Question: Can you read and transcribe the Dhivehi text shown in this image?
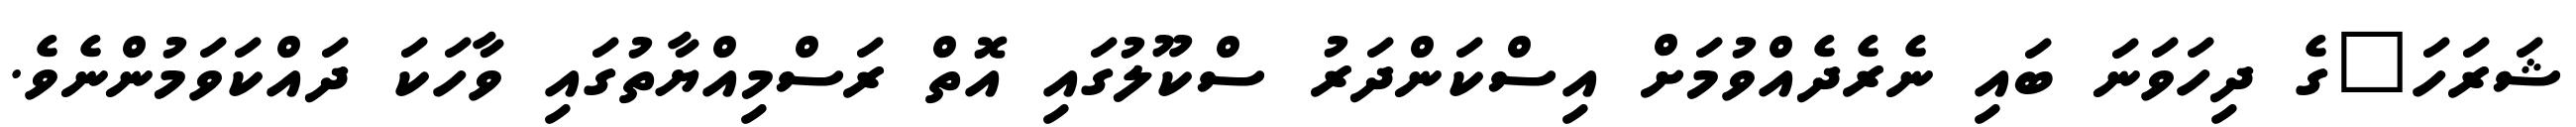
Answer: ޝަރަހަ"ގެ ދިހަވަނަ ބައި ނެރެދެއްވުމަށް އިސްކަންދަރު ސްކޫލުގައި އޮތް ރަސްމިއްޔާތުގައި ވާހަކަ ދައްކަވަމުންނެވެ.